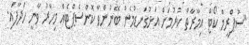
"ސުޕްރީމް ކޯޓް އިމާރާތް ކުރުމަށް އަޅުގަނޑުމެން ބޭނުންވާ ކޮންސެޕްޓެއް މިހާރު ވާނީ ހަދާފައި.